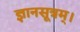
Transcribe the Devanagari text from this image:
ज्ञानसूत्रम्।